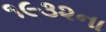
૧૯૩૨ના